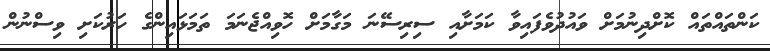
ކަންތައްތައް ކޮށްދިނުމަށް ވައުދުވެފައިވާ ކަމަށާއި ސިރިސޭނަ މަގާމަށް ހޮވިއްޖެނަމަ ތަމަޅައިންގެ ހަރުކަށި ވިސްނުން